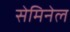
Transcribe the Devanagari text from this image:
सेमिनेल